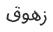
زھوق